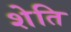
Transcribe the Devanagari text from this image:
शेति